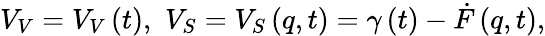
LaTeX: V_{V}=V_{V}\left(t\right),\, \, V_{S}=V_{S}\left(q,t\right)=\gamma\left(t\right)-\dot{F}\left(q,t\right),